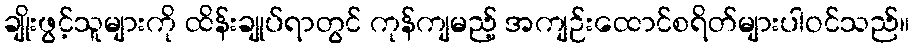
ချိုးဖွင့်သူများကို ထိန်းချုပ်ရာတွင် ကုန်ကျမည့် အကျဉ်းထောင်စရိတ်များပါဝင်သည်။